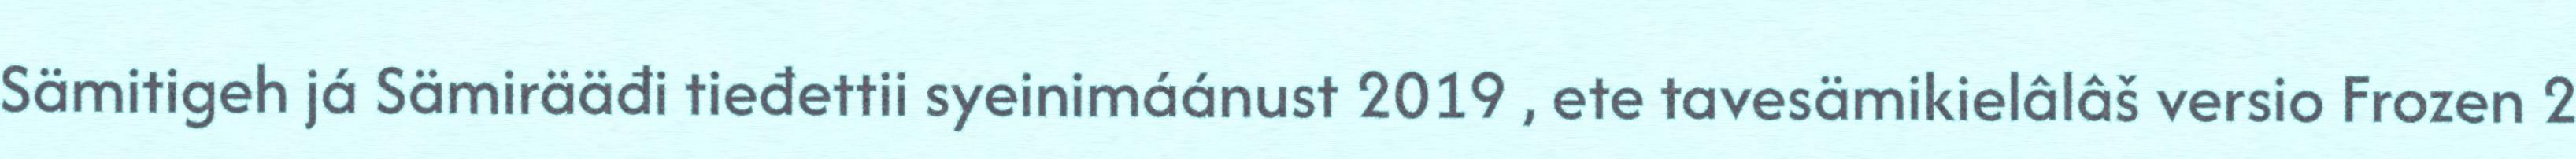
Sämitigeh já Sämirääđi tieđettii syeinimáánust 2019 , ete tavesämikielâlâš versio Frozen 2